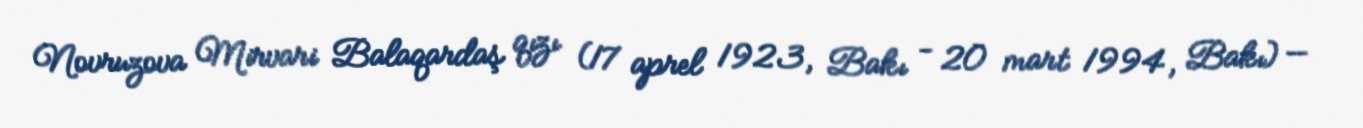
Novruzova Mirvari Balaqardaş qızı (17 aprel 1923, Bakı - 20 mart 1994, Bakı) —